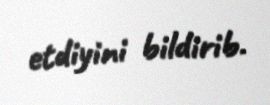
etdiyini bildirib.